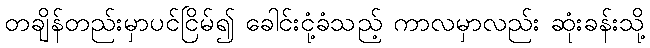
တချိန်တည်းမှာပင်ငြိမ်၍ ခေါင်းငုံ့ခံသည့် ကာလမှာလည်း ဆုံးခန်းသို့